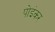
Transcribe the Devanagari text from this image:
पोइंकर